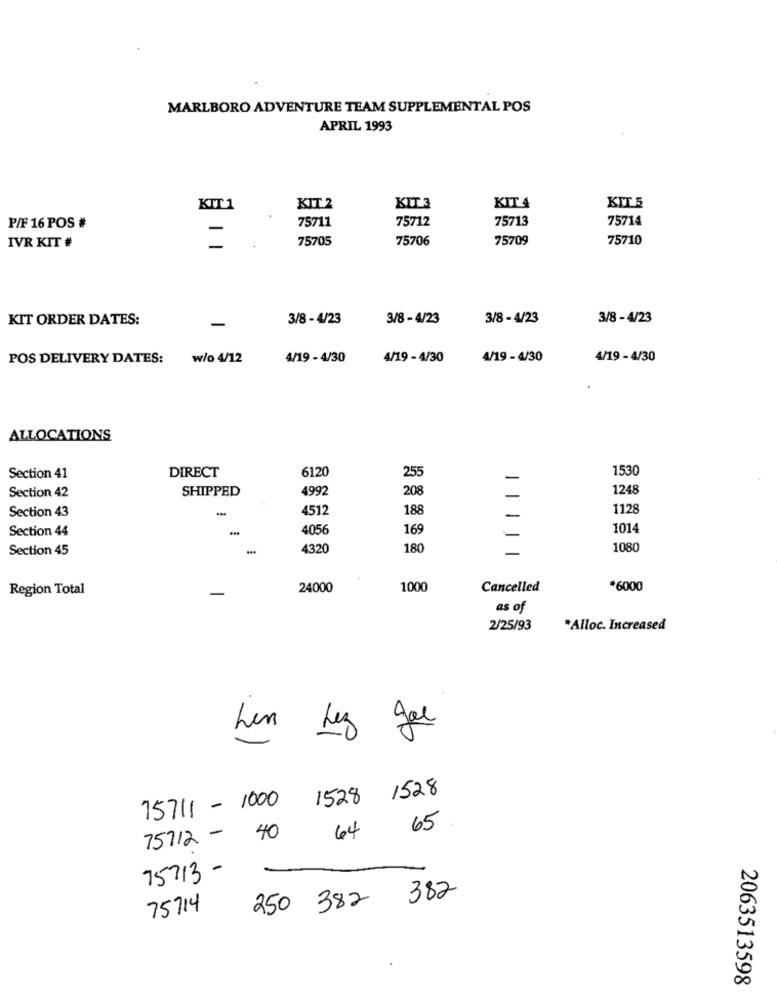
MARLBORO ADVENTURE TEAM SUPPLEMENTAL POS
APRIL 1993
KIT 5
KIT 1
KIT.2
KIT 3
KIT 4
75712
75713
75714
P/F 16 POS #
75711
75705
75706
75709
75710
IVR KIT #
KIT ORDER DATES:
-
3/8 - 4/23
3/8 - 4/23
3/8 - 4/23
3/8 - 4/23
POS DELIVERY DATES: w/o 4/12
4/19 - 4/30
4/19 - 4/30
4/19 - 4/30
4/19 - 4/30
ALLOCATIONS
DIRECT
6120
255
1530
Section 41
SHIPPED
208
1248
Section 42
4992
Section 43
4512
188
1128
Section 44
4056
169
1014
Section 45
4320
180
1080
Region Total
24000
1000
Cancelled
*6000
as of
2/25/93
*Alloc. Increased
hen Leg ger
1528 1528
75711 - 1000
65
75712 - 40
64
75713 -
250 382
382
75714
2063513598